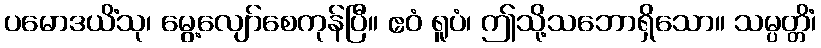
ပမောဒယိံသု၊ မွေ့လျော်စေကုန်ပြီ။ ဧဝံ ရူပံ၊ ဤသို့သဘောရှိသော။ သမ္ပတ္တိံ၊